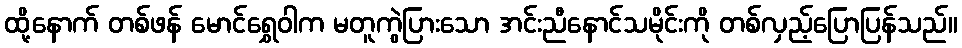
ထို့နောက် တစ်ဖန် မောင်ရွှေဝါက မတူကွဲပြားသော အင်းညီနောင်သမိုင်းကို တစ်လှည့်ပြောပြန်သည်။